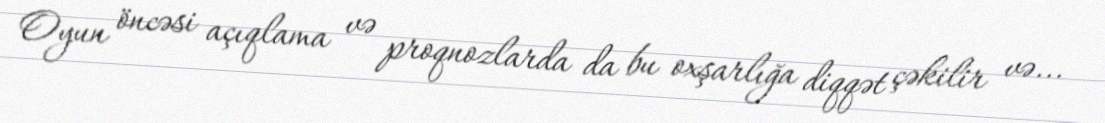
Oyun öncəsi açıqlama və proqnozlarda da bu oxşarlığa diqqət çəkilir və...